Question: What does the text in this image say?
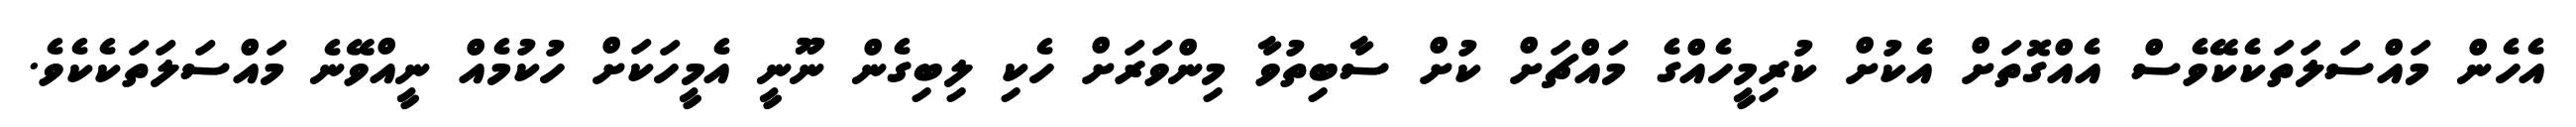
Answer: އެހެން މައްސަލަތަކެކޭވެސް އެއްގޮތަށް އެކުށް ކުރިމީހެއްގެ މައްޗަށް ކުށް ސާބިތުވާ މިންވަރަށް ހެކި ލިބިގެން ނޫނީ އެމީހަކަށް ހުކުމެއް ނީއްވޭނެ މައްސަލަތަކެކެވެ.